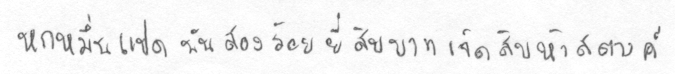
หกหมื่นแปดพันสองร้อยยี่สิบบาทเจ็ดสิบห้าสตางค์